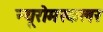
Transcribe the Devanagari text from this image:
न्यूरोमस्कलर